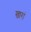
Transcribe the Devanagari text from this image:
खारां